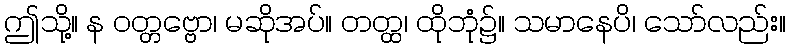
ဤသို့။ န ဝတ္တဗ္ဗော၊ မဆိုအပ်။ တတ္ထ၊ ထိုဘုံ၌။ သမာနေပိ၊ သော်လည်း။